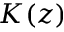
K ( z )